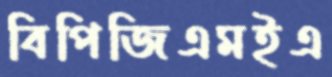
বিপিজিএমইএ